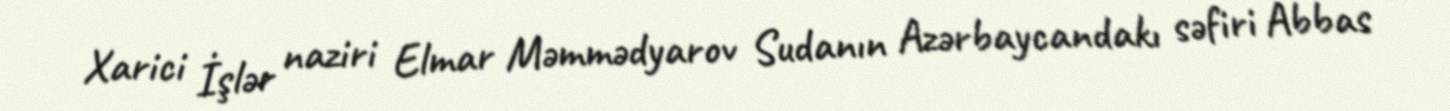
Xarici İşlər naziri Elmar Məmmədyarov Sudanın Azərbaycandakı səfiri Abbas